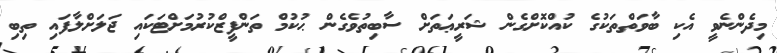
މިދެންނެވީ އެކި ބާވަތްތަކުގެ ކުއްކޮށްގެން ޝަރީޢަތަށް ސާބިތުވެގެން ޙުކުމް ތަންފީޒްކުރުމަށްޓަކައި ޖަލަށްލާފައި ތިބި